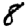
Digit: 8